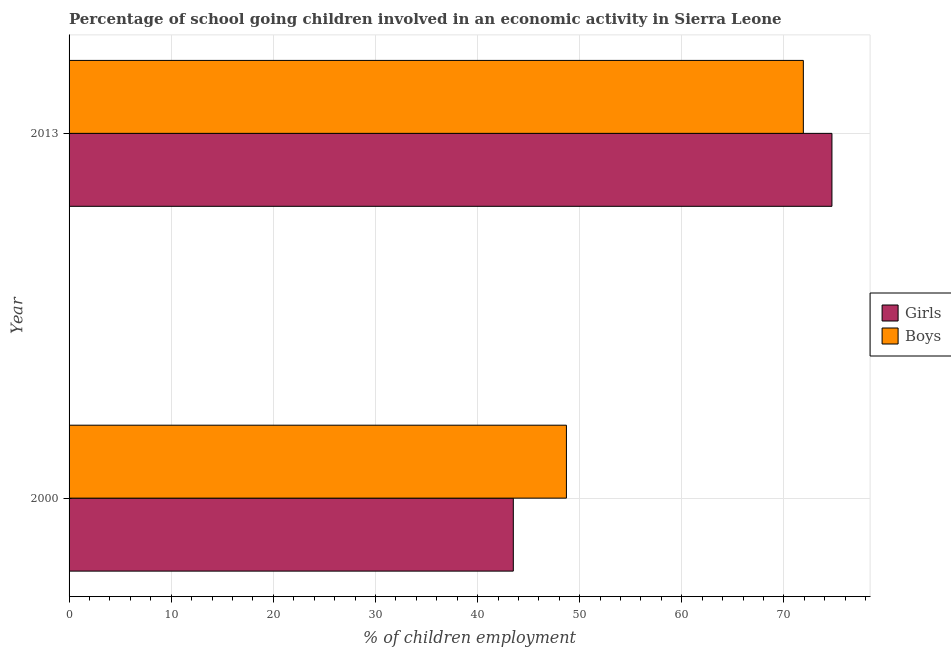
| Year | Girls | Boys |
 | --- | --- | --- |
 | 2000 | 43.5 | 48.7 |
 | 2013 | 74.7 | 71.9 |